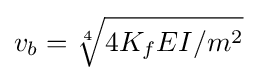
v_{b}={\sqrt[{4}]{4K_{f}EI/m^{2}}}